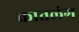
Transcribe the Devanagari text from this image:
कातलंग